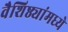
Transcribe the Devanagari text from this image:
वैशिष्ठ्यांमध्ये